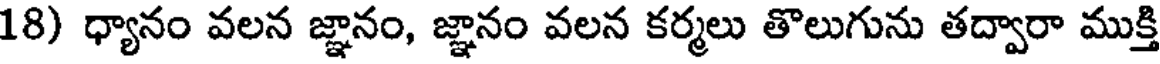
18) ధ్యానం వలన జ్ఞానం, జ్ఞానం వలన కర్మలు తొలుగును తద్వారా ముక్తి